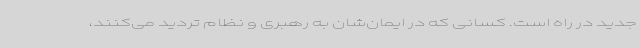
جدید در راه است. کسانی که در ایمان‌شان به رهبری و نظام تردید می‌کنند،